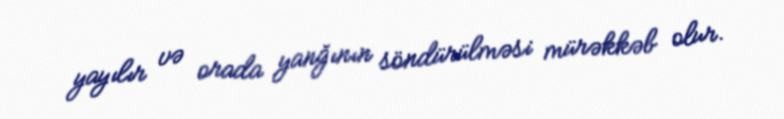
yayılır və orada yanğının söndürülməsi mürəkkəb olur.